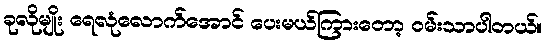
ခုလိုမျိုး ရေလုံလောက်အောင် ပေးမယ်ကြားတော့ ဝမ်းသာပါတယ်။